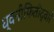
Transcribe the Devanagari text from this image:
ध्वनीफितीद्वारे